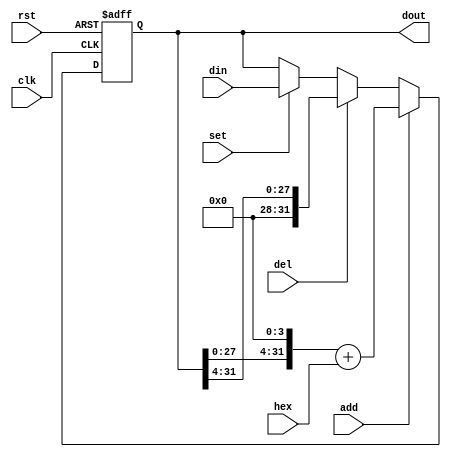
`timescale 1ns / 1ps

module Shift_reg(
    input rst,
    input clk,          // Work at 100MHz clock

    input [31:0] din,   // Data input  
    input [3:0] hex,    // Hexadecimal code for the switches
    input add,          // Add signal
    input del,          // Delete signal
    input set,          // Set signal
    
    output reg [31:0] dout  // Data output
);
    // TODO
    always@(posedge clk or posedge rst)begin
        if(rst)begin
            dout<=0;
        end
        else begin
            if(add)begin
                dout=dout<<4;
                dout<=dout+hex;
            end
            else if(del)begin
                dout=dout>>4;
            end
            else if(set)begin
                dout<=din;
            end
        end
    end
endmodule